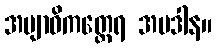
အဗျာဓိကတ္ထေရ အပဒါန။